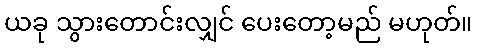
ယခု သွားတောင်းလျှင် ပေးတော့မည် မဟုတ်။